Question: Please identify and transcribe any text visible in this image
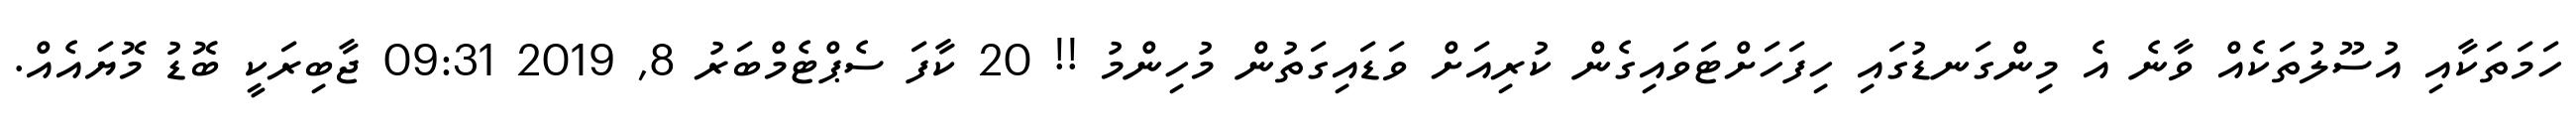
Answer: ހަމަތަކާއި އުސޫލުތަކެއް ވާނެ އެ މިންގަނޑުގައި ހިފަހަށްޓަވައިގެން ކުރިއަށް ވަޑައިގަތުން މުހިންމު !! 20 ކާފަ ސެޕްޓެމްބަރު 8, 2019 09:31 ޖާބިރަކީ ބޮޑު މޮޔައެއް.